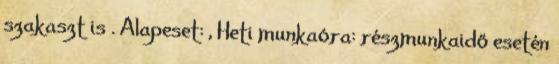
szakaszt is . Alapeset: , Heti munkaóra: részmunkaidő esetén